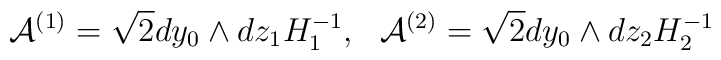
{\cal A}^{(1)}=\sqrt{2}dy_{0}\wedge dz_{1} H_{1}^{-1}, ~~{\cal A}^{(2)}=\sqrt{2}dy_{0}\wedge dz_{2} H_{2}^{-1}